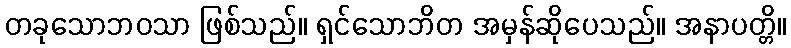
တခုသောဘဝသာ ဖြစ်သည်။ ရှင်သောဘိတ အမှန်ဆိုပေသည်။ အနာပတ္တိ။